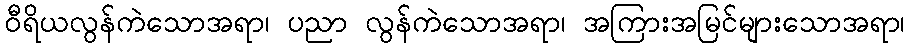
ဝီရိယလွန်ကဲသောအရာ၊ ပညာ လွန်ကဲသောအရာ၊ အကြားအမြင်များသောအရာ၊